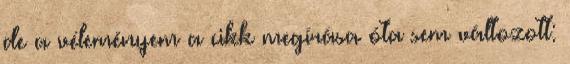
de a véleményem a cikk megírása óta sem változott: